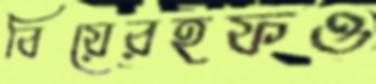
বিয়েরহফও